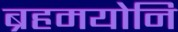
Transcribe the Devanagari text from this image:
ब्रहमयोनि